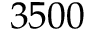
3 5 0 0